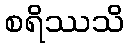
စရိဿသိ